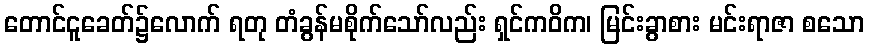
တောင်ငူခေတ်၌လောက် ရတု တံခွန်မစိုက်သော်လည်း ရှင်ကဝိက၊ မြင်းခွာစား မင်းရာဇာ စသော